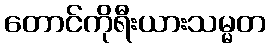
တောင်ကိုရီးယားသမ္မတ